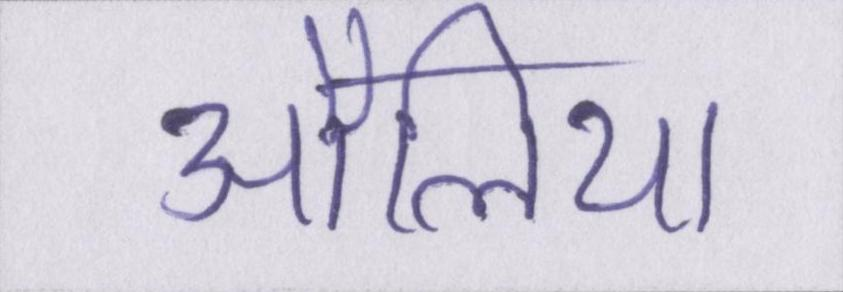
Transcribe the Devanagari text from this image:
औलिया